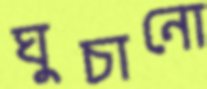
ঘুচানো